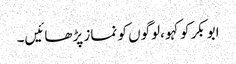
ابوبکر کو کہو ،لوگوں کو نماز پڑھائیں۔